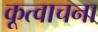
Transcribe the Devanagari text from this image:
कूत्वाचना